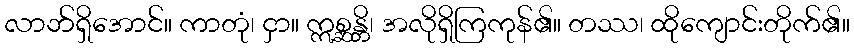
လာဘ်ရှိအောင်။ ကာတုံ၊ ငှာ။ ဣစ္ဆန္တိ၊ အလိုရှိကြကုန်၏။ တဿ၊ ထိုကျောင်းတိုက်၏။